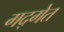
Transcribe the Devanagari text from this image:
गद्गेत